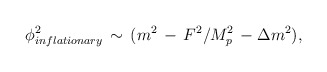
\begin{align*}\phi^2_{inflationary} \, \sim \, ( m^2 \, -\, F^2/M_p^2 \, - \Delta m^2),\end{align*}